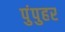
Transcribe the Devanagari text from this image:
पुंपुहर